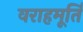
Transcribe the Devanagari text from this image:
वराहमूर्ति